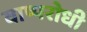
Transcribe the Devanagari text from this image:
वाष्परोधी